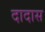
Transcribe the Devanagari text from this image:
दादास